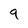
Character: 9